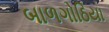
બાળગોઠિયા